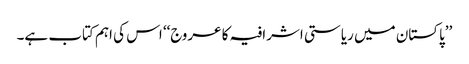
’’پاکستان میں ریاستی اشرافیہ کا عروج‘‘ اس کی اہم کتاب ہے۔